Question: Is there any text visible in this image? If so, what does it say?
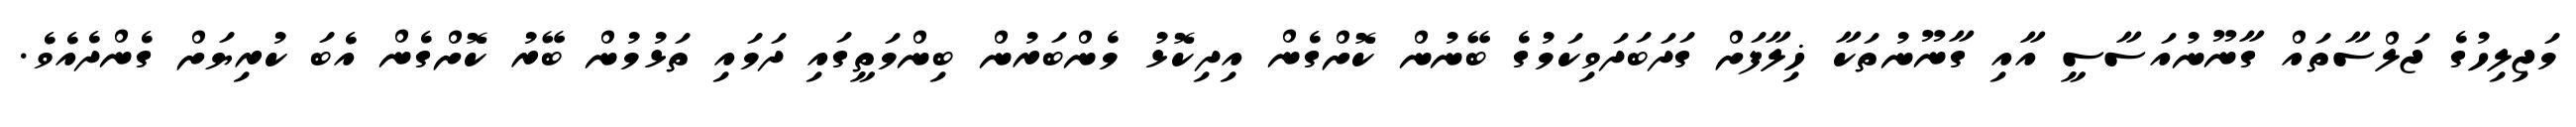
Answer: މަޖިލިހުގެ ޖަލްސާތައް ގާނޫނުއަސާސީ އާއި ގާނޫނުތަކާ ޚިލާފަށް ގަދަބަދަވިކަމުގެ ބޭނުން ކޮށްގެން އިދިކޮޅު މެންބަރުން ބިންމަތީގައި ދަމައި ތަޅުމުން ބޭރު ކޮށްގެން އެބަ ކުރިޔަށް ގެންދެއެވެ.